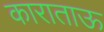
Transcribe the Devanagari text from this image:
काराताऊ